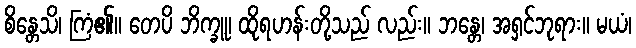
စိန္တေသိ၊ ကြံ၏။ တေပိ ဘိက္ခူ၊ ထိုရဟန်းတို့သည် လည်း။ ဘန္တေ၊ အရှင်ဘုရား။ မယံ၊